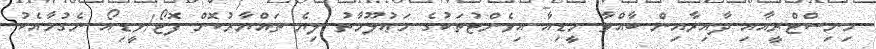
މިނިސްޓްރީއާއި ދާއިރާއިން ބާއްވާ މީޑިއާ އިވެންޓުތަކުގެ މަޢުލޫމާތު ލިޔެ ތައްޔާރުކޮށް ފޮޓޯ/ވީޑިއޯ ނެގުމާއެކު